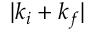
| k _ { i } + k _ { f } |